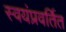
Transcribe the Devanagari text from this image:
स्वयंप्रवर्तित